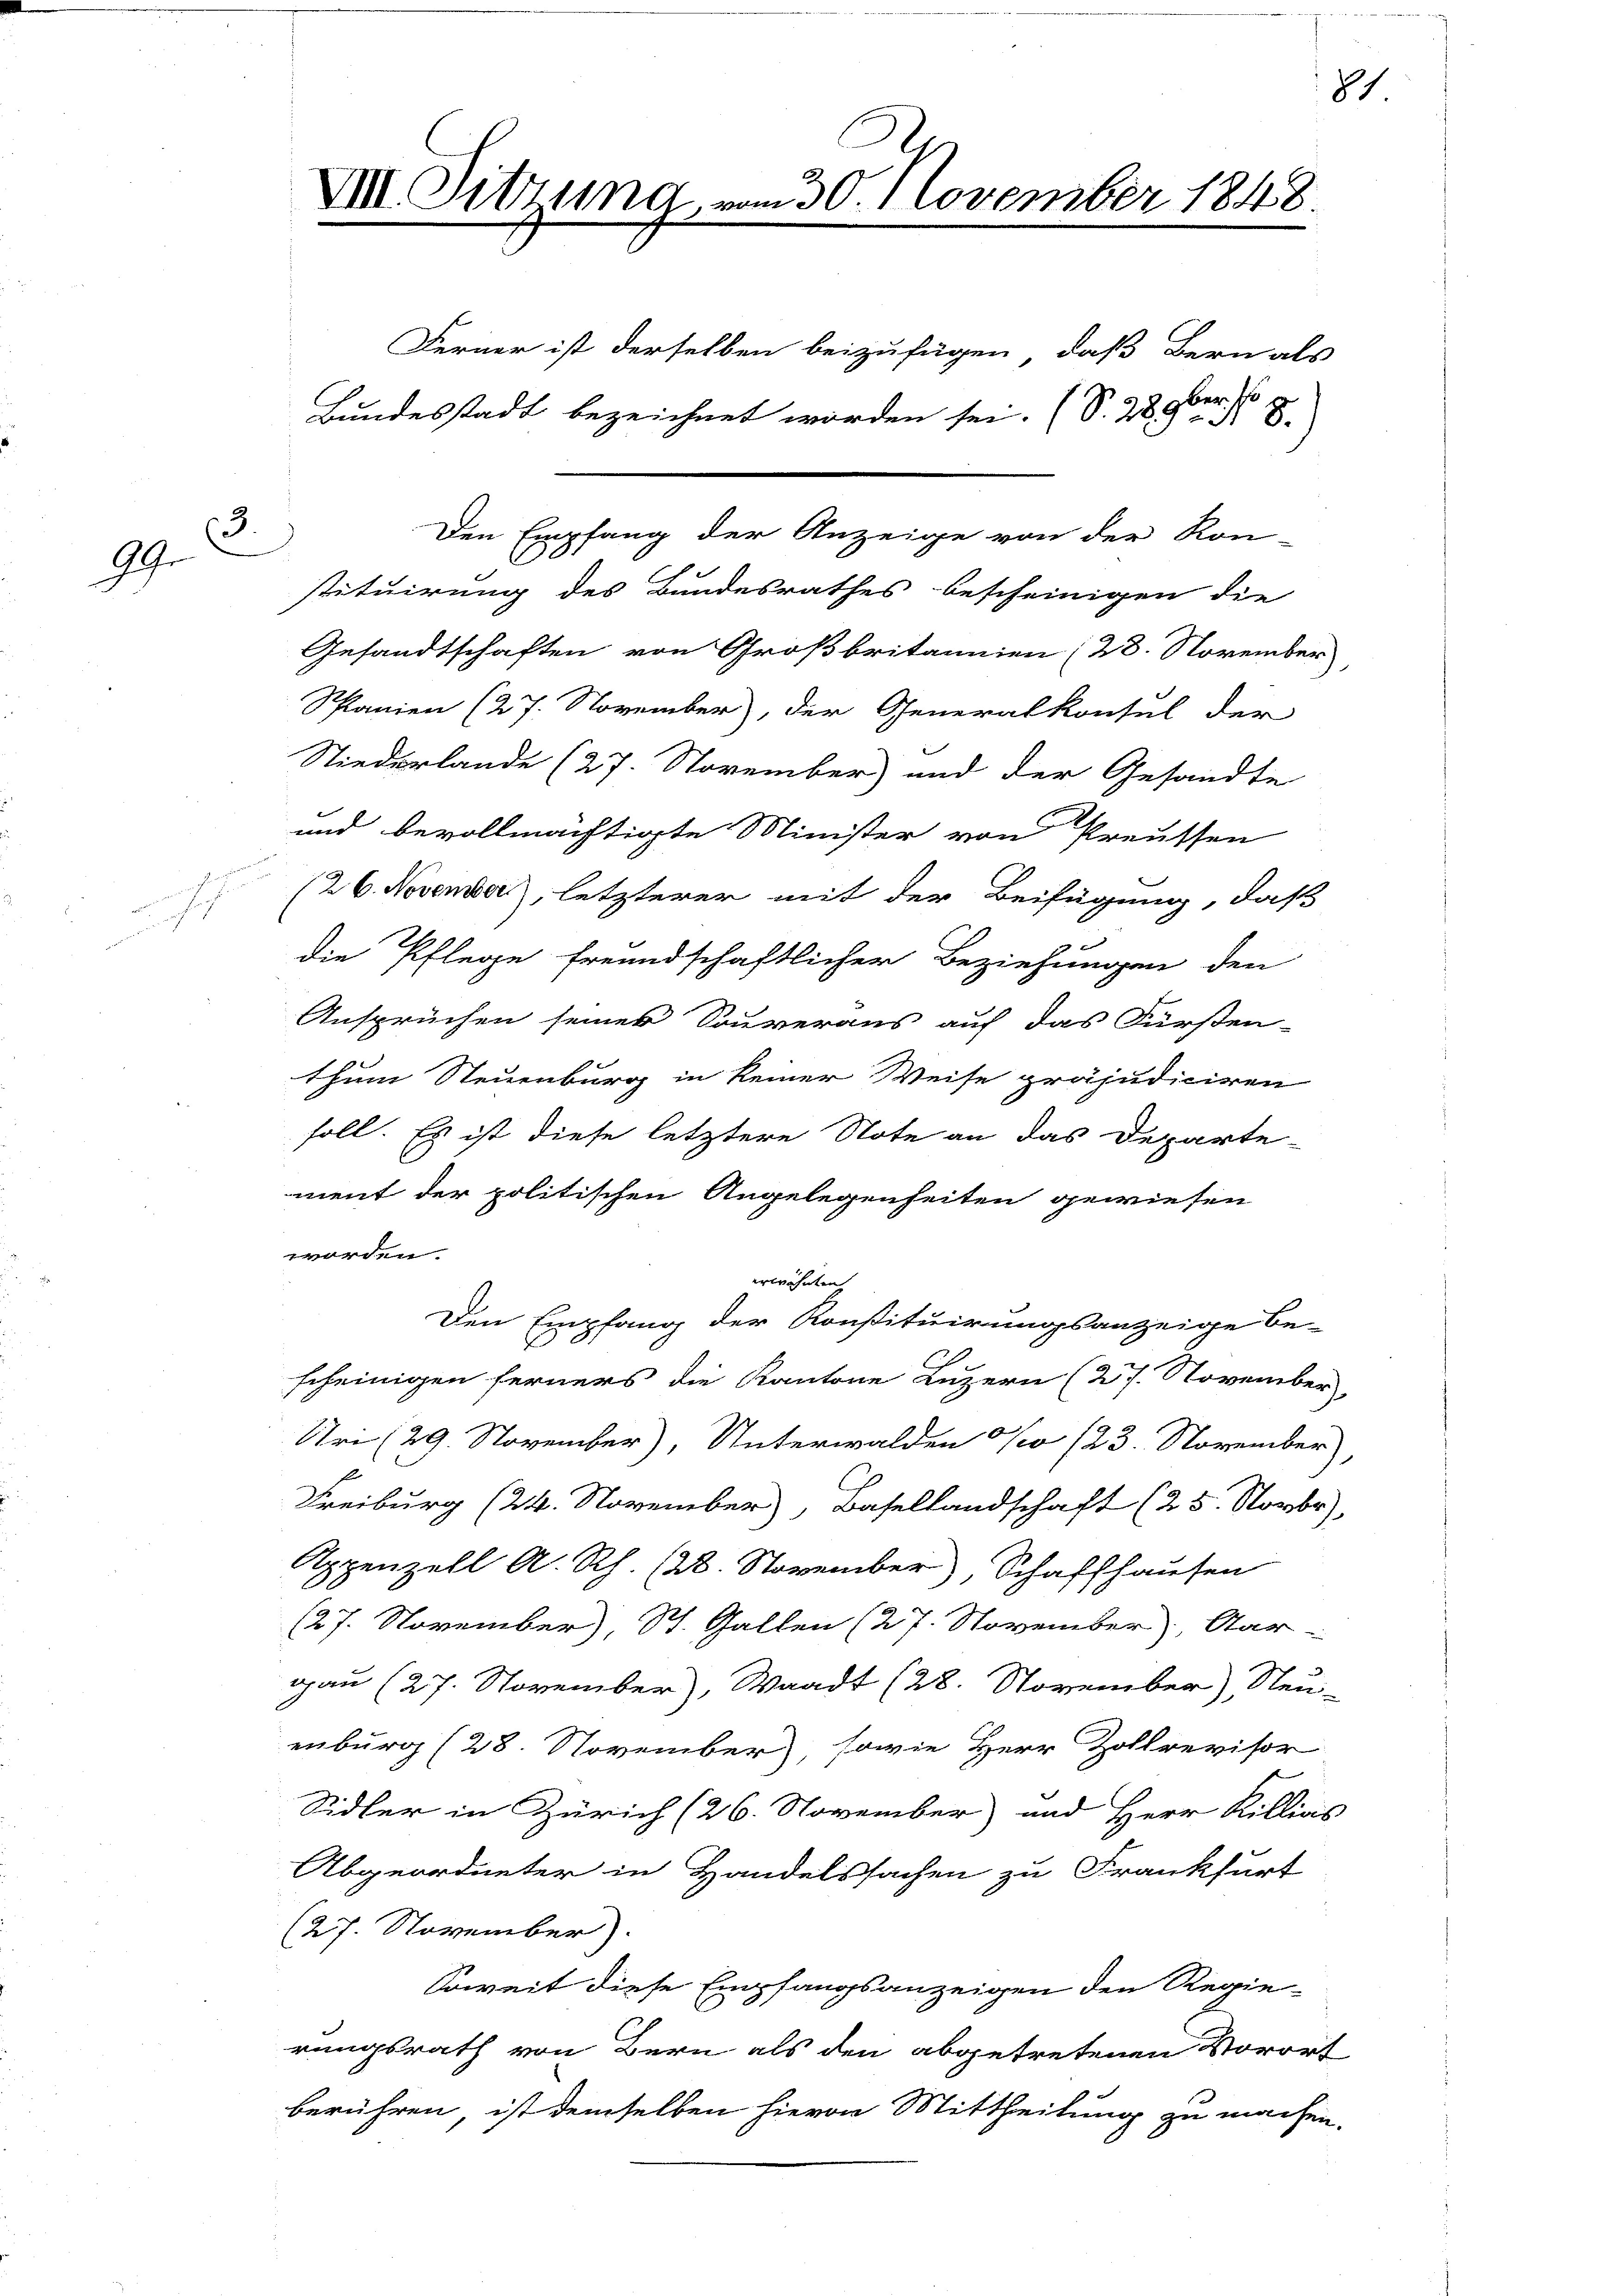
3
99.

i

Den Empfang der Anzeige von der Kon-
C
stituirung des Bundesrathes bescheinigen die
Gesandtschaften von Großbritannien (28. November
Splanien (27. November), der Generalkonsul der
Niederlande (27. November) und der Gesandte
und bevollmächtigte Minister von Preussen
/26. November, letzterer mit der Beifügung, daß
die Pflege freundschaftlicher Beziehungen den
Ansprüchen seines Souveraus auf das Fürsten-
thum Steuenburg in keiner Weise präjudiciren
soll. Es ist diese letztere Note an das Departe-
ment der politischen Angelegenheiten gewiesen
worden.
erwähnten
Den Empfang der Konstituirungsanzeige be-
scheinigen ferners die Kantone Luzern (27. November
Uri (29. November), Unterwalden No 123. November)
Freiburg (24. November), Basellandschaft (25. Novbr.
Appenzell A. Rh. (23. November, Schaffhausen
(27. November), St. Gallen (27. November), Aar-
gau (27. November), Waadt (28. November), Neu-
enburg (28. November, sowie Herr Zollrevisor
Sidler in Zürich (26. November und Herr Killias
Abgeordneter in Handelssachen zu Frankfurt
(27. November).
Soweit diese Empfangsanzeigen den Regierungsrath von Bern als den abgetretenen Vorort
berühren, ist demselben hievon Mittheilung zu machen.

VII. Sitzung vom 30. November 1848.

Ferner ist derselben beizufügen, daß Bern als
ber doc
Bundesstadt bezeichnet worden sei. (S. 25. 8.

8/